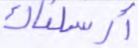
أرسلناك